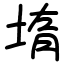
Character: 堶